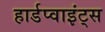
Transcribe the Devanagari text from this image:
हार्डप्वाइंट्स